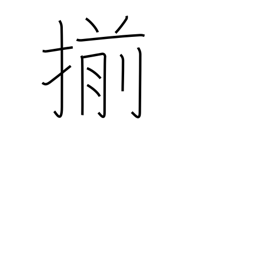
Meaning: uniform